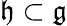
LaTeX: {\mathfrak{h}}\subset{\mathfrak{g}}